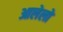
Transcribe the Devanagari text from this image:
आलेलो